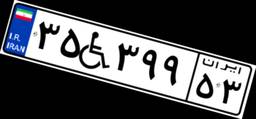
۳۵W۳۹۹۵۳